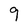
Character: 9